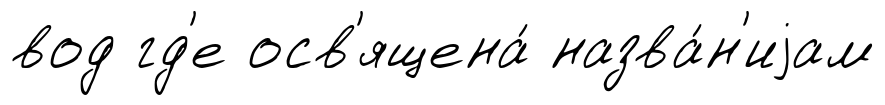
вод гд'е осв'ящена́ назва́н'иjам